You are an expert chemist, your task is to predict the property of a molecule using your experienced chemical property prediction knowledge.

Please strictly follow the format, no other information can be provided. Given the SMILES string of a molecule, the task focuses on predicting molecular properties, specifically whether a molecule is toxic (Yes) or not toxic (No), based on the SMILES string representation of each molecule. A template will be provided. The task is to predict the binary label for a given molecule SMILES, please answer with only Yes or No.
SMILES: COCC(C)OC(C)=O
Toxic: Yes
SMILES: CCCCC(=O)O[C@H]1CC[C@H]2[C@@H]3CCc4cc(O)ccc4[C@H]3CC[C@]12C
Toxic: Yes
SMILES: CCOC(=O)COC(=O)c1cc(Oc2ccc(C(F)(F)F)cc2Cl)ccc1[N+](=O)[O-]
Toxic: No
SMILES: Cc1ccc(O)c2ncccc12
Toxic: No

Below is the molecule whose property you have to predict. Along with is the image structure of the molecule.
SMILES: CC(C)=CCCC(C)CCO
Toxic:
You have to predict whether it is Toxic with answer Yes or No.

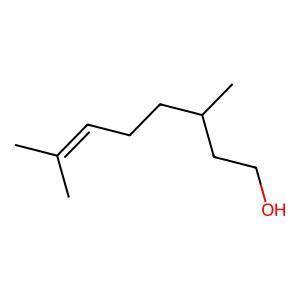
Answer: No